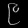
Digit: ၉